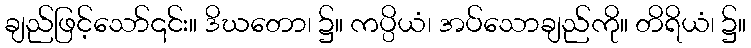
ချည်ဖြင့်သော်၎င်း။ ဒိဃတော၊ ၌။ ကပ္ပိယံ၊ အပ်သောချည်ကို။ တိရိယံ၊ ၌။